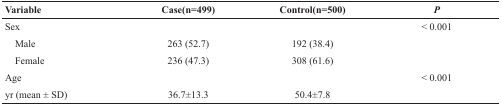
<table><thead><tr><td><b>Variable</b></td><td><b>Case(n=499)</b></td><td><b>Control(n=500)</b></td><td><b><i>P</i></b></td></tr></thead><tbody><tr><td>Sex</td><td></td><td></td><td>&lt; 0.001</td></tr><tr><td> Male</td><td>263 (52.7)</td><td>192 (38.4)</td><td></td></tr><tr><td> Female</td><td>236 (47.3)</td><td>308 (61.6)</td><td></td></tr><tr><td>Age</td><td></td><td></td><td>&lt; 0.001</td></tr><tr><td>yr (mean ± SD)</td><td>36.7±13.3</td><td>50.4±7.8</td><td></td></tr></tbody></table>